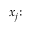
x _ { j } { \mathrm { : } }